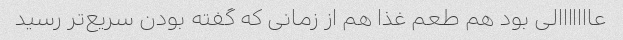
عااااااالی بود هم طعم غذا هم از زمانی که گفته بودن سریع‌تر رسید